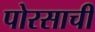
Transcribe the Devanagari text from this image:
पोरसाची